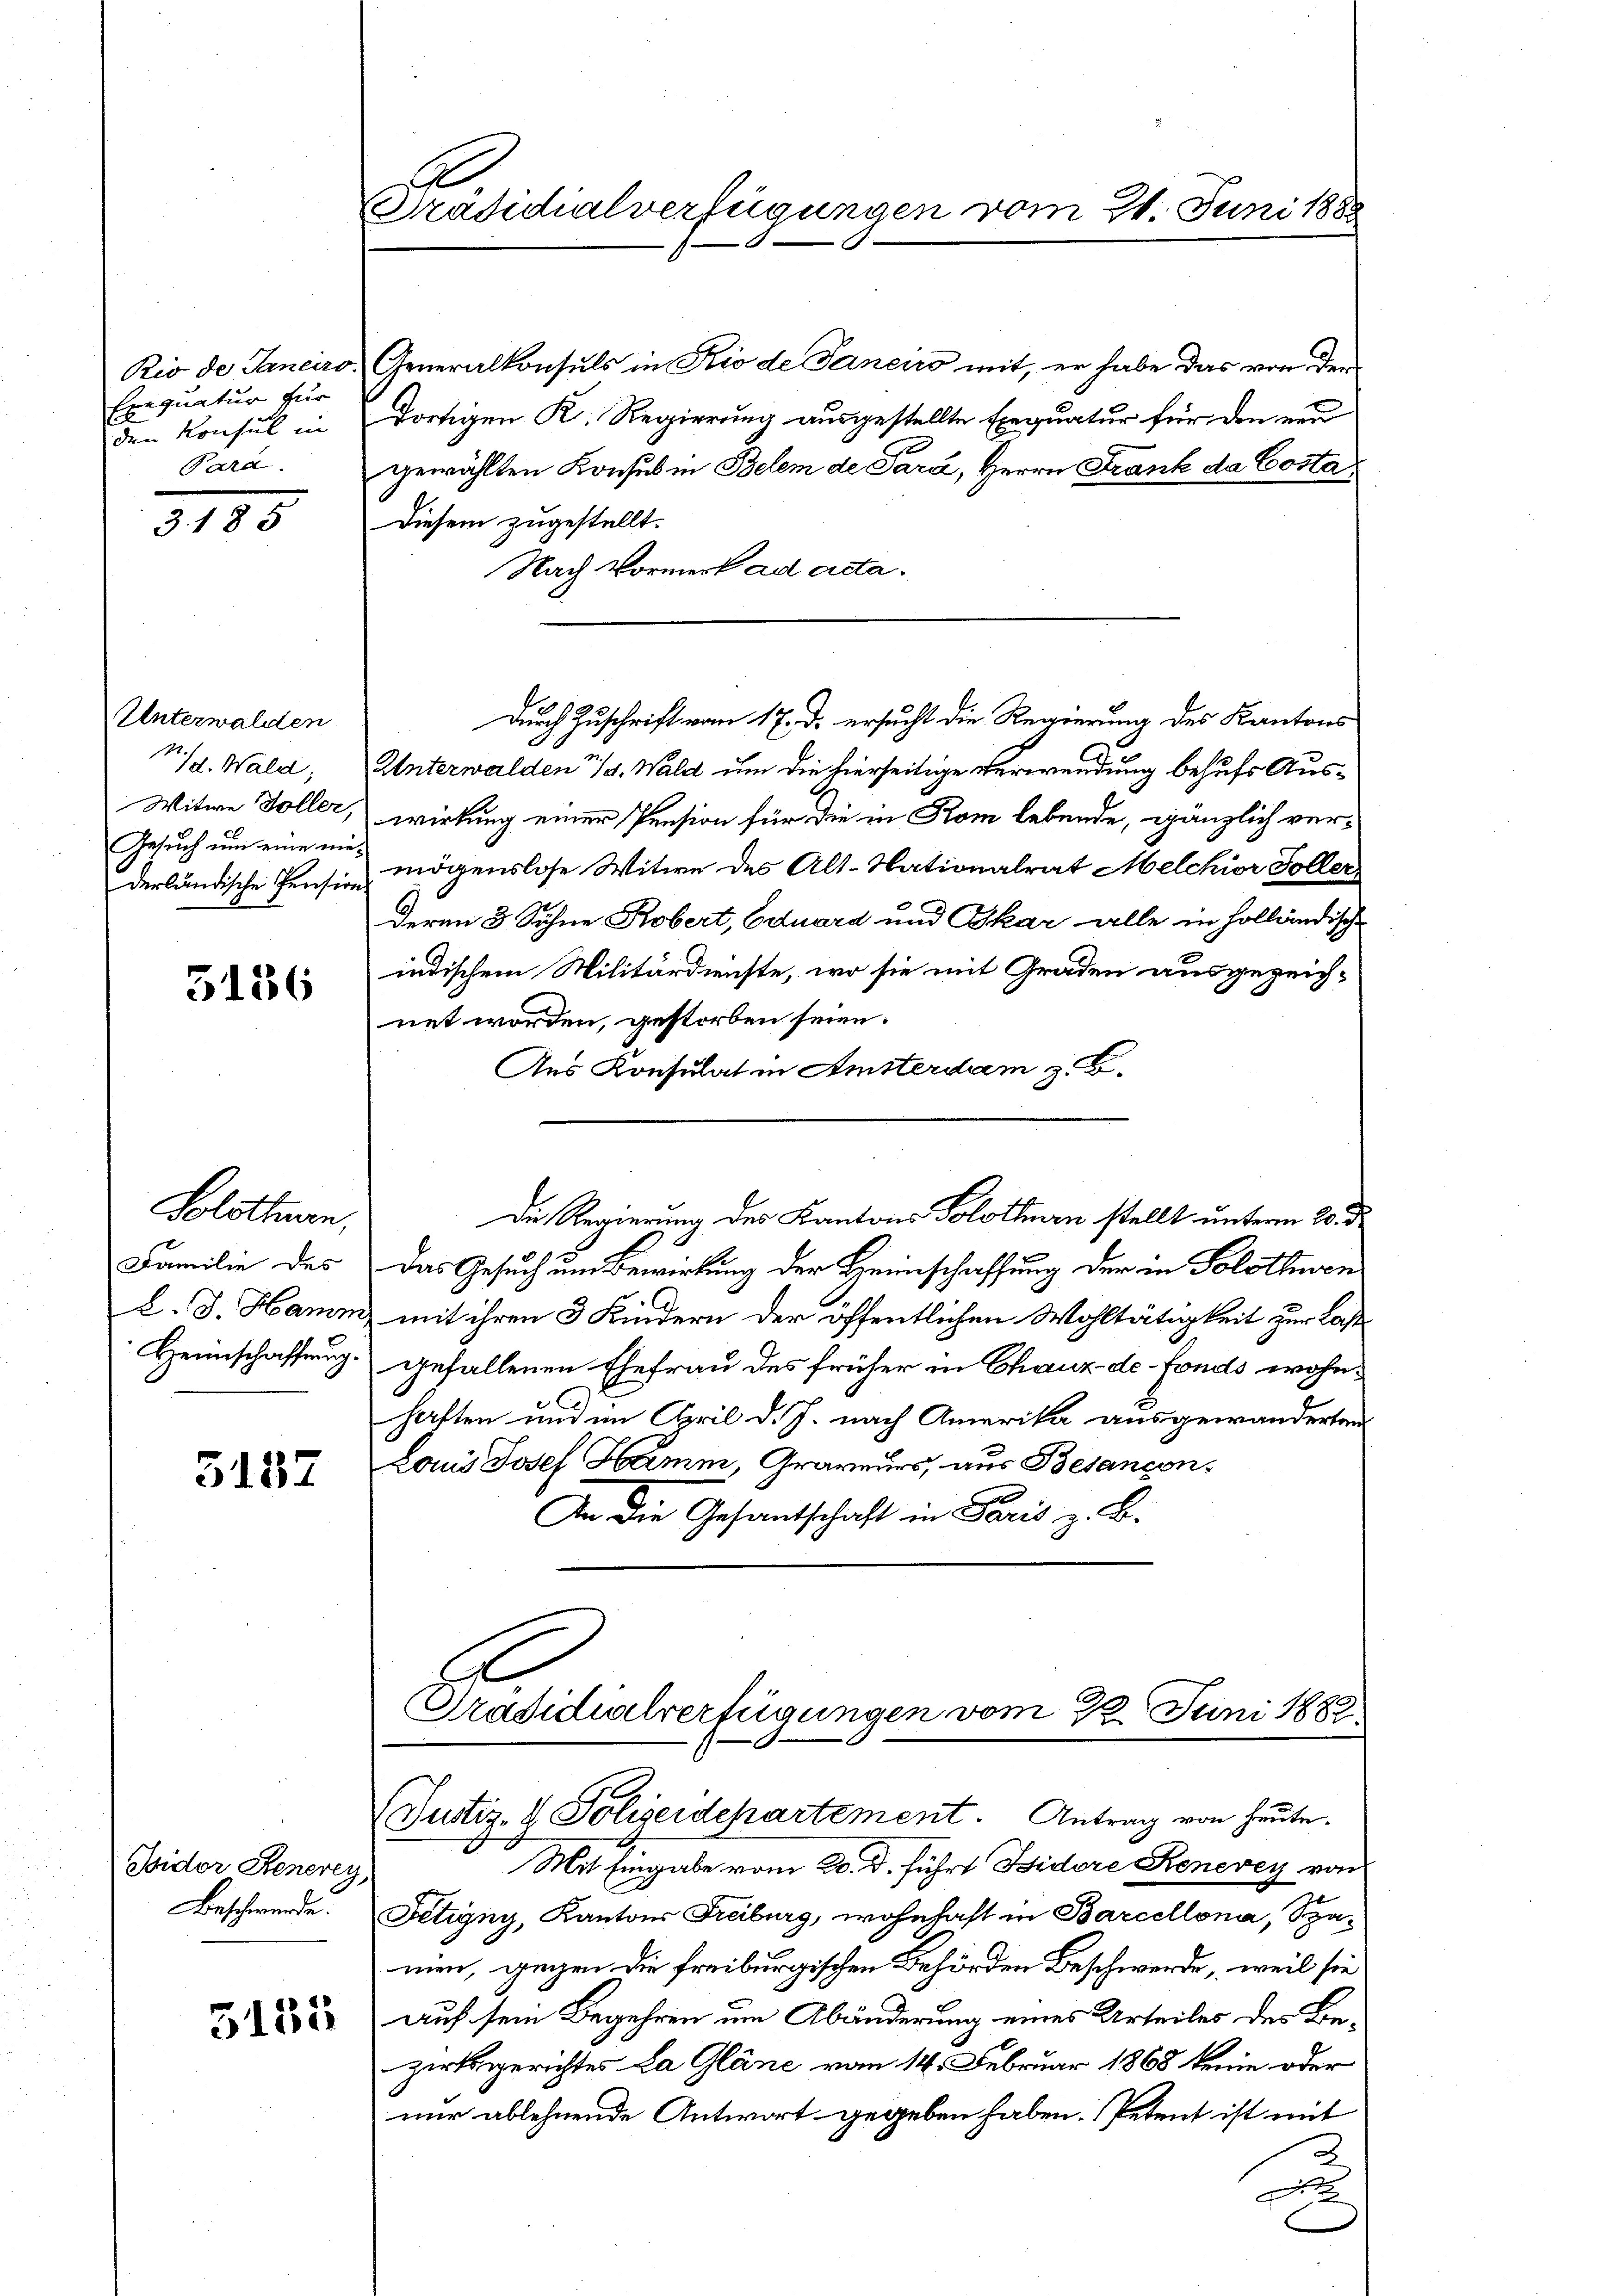
Rio de Janeiro
equatur für
den Konsul in
Para

3185

Unterwalden
Mg. Wald,
Witwe Foller,
derländische Pension

3136

Solothurn,
Familie des
L. J. Hamin
Heimschaffung.

5137

Bidor Renerey,
Beschwerde.

5132

A
Präsidialverfügungen vom 21. Juni 188

" Generalkonsuls in Rio de Janeus mit, er habe das von der
dortigen K. Regierung ausgestellte Exequatur für den neu
gewählten Konsul in Belem de Para, Herrn Frank da Costa
Diesem zugestellt.
Nach Vormerk ad acta.
Unterwalden 1. Wald um die hierseitige Verwendung behufs Auswirkung einer Pension für die in Rom lebende, gänzlich ver¬
Gesuch um eine mit mögenslose Witwe des Alt-Nationalrat Melchior Soller
deren 3 Söhne Kobert, Eduard und Tkar alle in holländische
indischem Militärdienste, wo sie mit Graden ausgezeich-
net worden, gestorben seien.
Aus Konsulat in Amsterdam z. B.
Die Regierung des Kantons Solothurn stellt unterm 20. d.
Das Gesuch um Bewirkung der Heimschaffung der in Solothwen
mit ihren 3 Kindern der öffentlichen Wohltätigkeit zur Last
gefallenen Ehefrau des früher in Chaux-de-Fonds wohnhaften und im April d. J. nach Amerika ausgewanderten
Lonis Josef Hamm, Graveurs, aus Besancon¬
An die Gesantschaft in Paris z. B.

Durch Zuschrift vom 17. d. ersucht die Regierung des Kantons

Präsidialverfügungen vom 22. Juni 1882.
(Justiz- & Polizeidepartement. Antrag von heute.

Mit Eingabe vom 20. d. führt Isidore Renevey von
Fetigny, Kantons Freiburg, wohnhaft in Barcellona, Spamien, gegen die freiburgischen Behörden Beschwerde, weil sie
auf sein Begehren um Abänderung eines Urteiles des Bezirksgerichtes La Gläne vom 14. Februar 1868 kenne oder
nur ablehnende Antwort gegeben haben. Petent ist mit
2
d